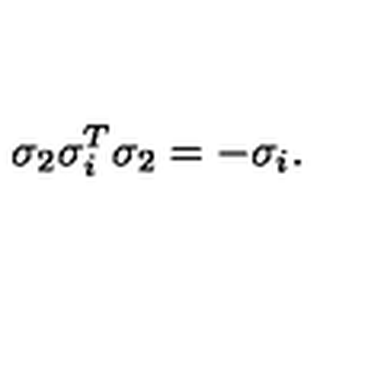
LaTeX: \sigma _ { 2 } \sigma _ { i } ^ { T } \sigma _ { 2 } = - \sigma _ { i } .